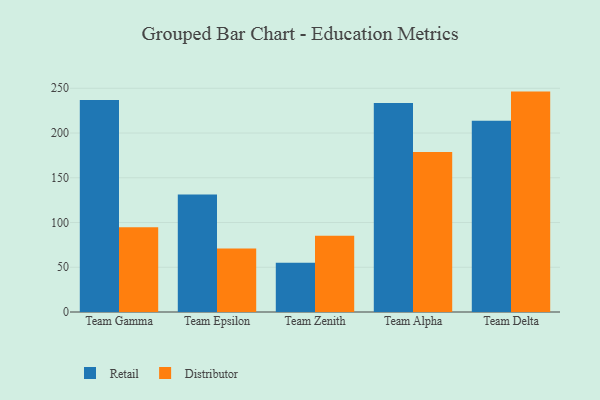
{"axis": {"x": "Team", "y": "Headcount"}, "legend": ["Distributor", "Retail"], "data": [{"x": "Team Gamma", "y": 236.8, "type": "Retail"}, {"x": "Team Gamma", "y": 94.8, "type": "Distributor"}, {"x": "Team Epsilon", "y": 131.2, "type": "Retail"}, {"x": "Team Epsilon", "y": 70.9, "type": "Distributor"}, {"x": "Team Zenith", "y": 55.1, "type": "Retail"}, {"x": "Team Zenith", "y": 85.3, "type": "Distributor"}, {"x": "Team Alpha", "y": 233.5, "type": "Retail"}, {"x": "Team Alpha", "y": 178.9, "type": "Distributor"}, {"x": "Team Delta", "y": 213.7, "type": "Retail"}, {"x": "Team Delta", "y": 246.3, "type": "Distributor"}]}